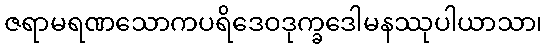
ဇရာမရဏသောကပရိဒေဝဒုက္ခဒေါမနဿုပါယာသာ၊